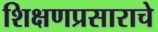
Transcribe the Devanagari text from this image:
शिक्षणप्रसाराचे